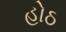
હોઠ